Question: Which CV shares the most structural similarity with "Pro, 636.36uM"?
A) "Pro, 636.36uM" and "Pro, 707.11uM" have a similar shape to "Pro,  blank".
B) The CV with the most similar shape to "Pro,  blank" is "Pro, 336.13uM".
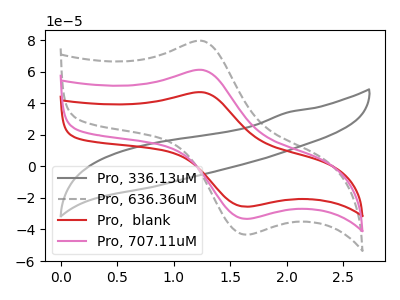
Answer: <think>The gray curve "Pro, 336.13uM" has no peaks. The gray dashed curve "Pro, 636.36uM" has an anodic peak at (1.25V, 122.00uA) and a cathodic peak at (1.65V, -66.50uA). The red curve "Pro,  blank" has an anodic peak at (1.25V, 46.85uA) and a cathodic peak at (1.65V, -25.55uA). The pink curve "Pro, 707.11uM" has an anodic peak at (1.25V, 61.00uA) and a cathodic peak at (1.65V, -33.25uA).
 "Pro, 336.13uM" and "Pro, 636.36uM" have a different number of peaks. "Pro, 336.13uM" and "Pro,  blank" have a different number of peaks. "Pro, 336.13uM" and "Pro, 707.11uM" have a different number of peaks. All the peaks in "Pro, 636.36uM" have a peak in "Pro,  blank" at the same potential. Every peak in "Pro, 636.36uM" is higher than every peak in "Pro,  blank". All the peaks in "Pro, 636.36uM" have a peak in "Pro, 707.11uM" at the same potential. Every peak in "Pro, 636.36uM" is higher than every peak in "Pro, 707.11uM". All the peaks in "Pro,  blank" have a peak in "Pro, 707.11uM" at the same potential. Every peak in "Pro,  blank" is lower than every peak in "Pro, 707.11uM".</think>
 <answer>A) "Pro, 636.36uM" and "Pro, 707.11uM" have a similar shape to "Pro,  blank".</answer>
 <eval>A</eval>